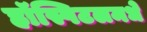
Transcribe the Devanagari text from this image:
हॉस्पिटलमधे